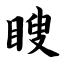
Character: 瞍